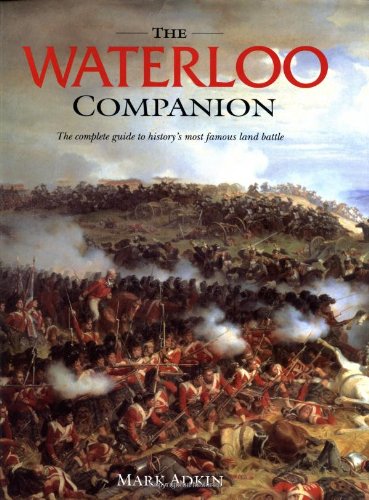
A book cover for Waterloo Companion, The: The Complete Guide to History's Most Famous Land Battle; Mark Adkin; History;